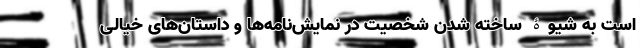
است به شیوۀ ساخته شدنِ شخصیت در نمایش‌نامه‌ها و داستان‌های خیالی